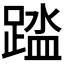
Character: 𫏘